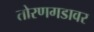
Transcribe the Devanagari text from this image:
तोरणगडावर